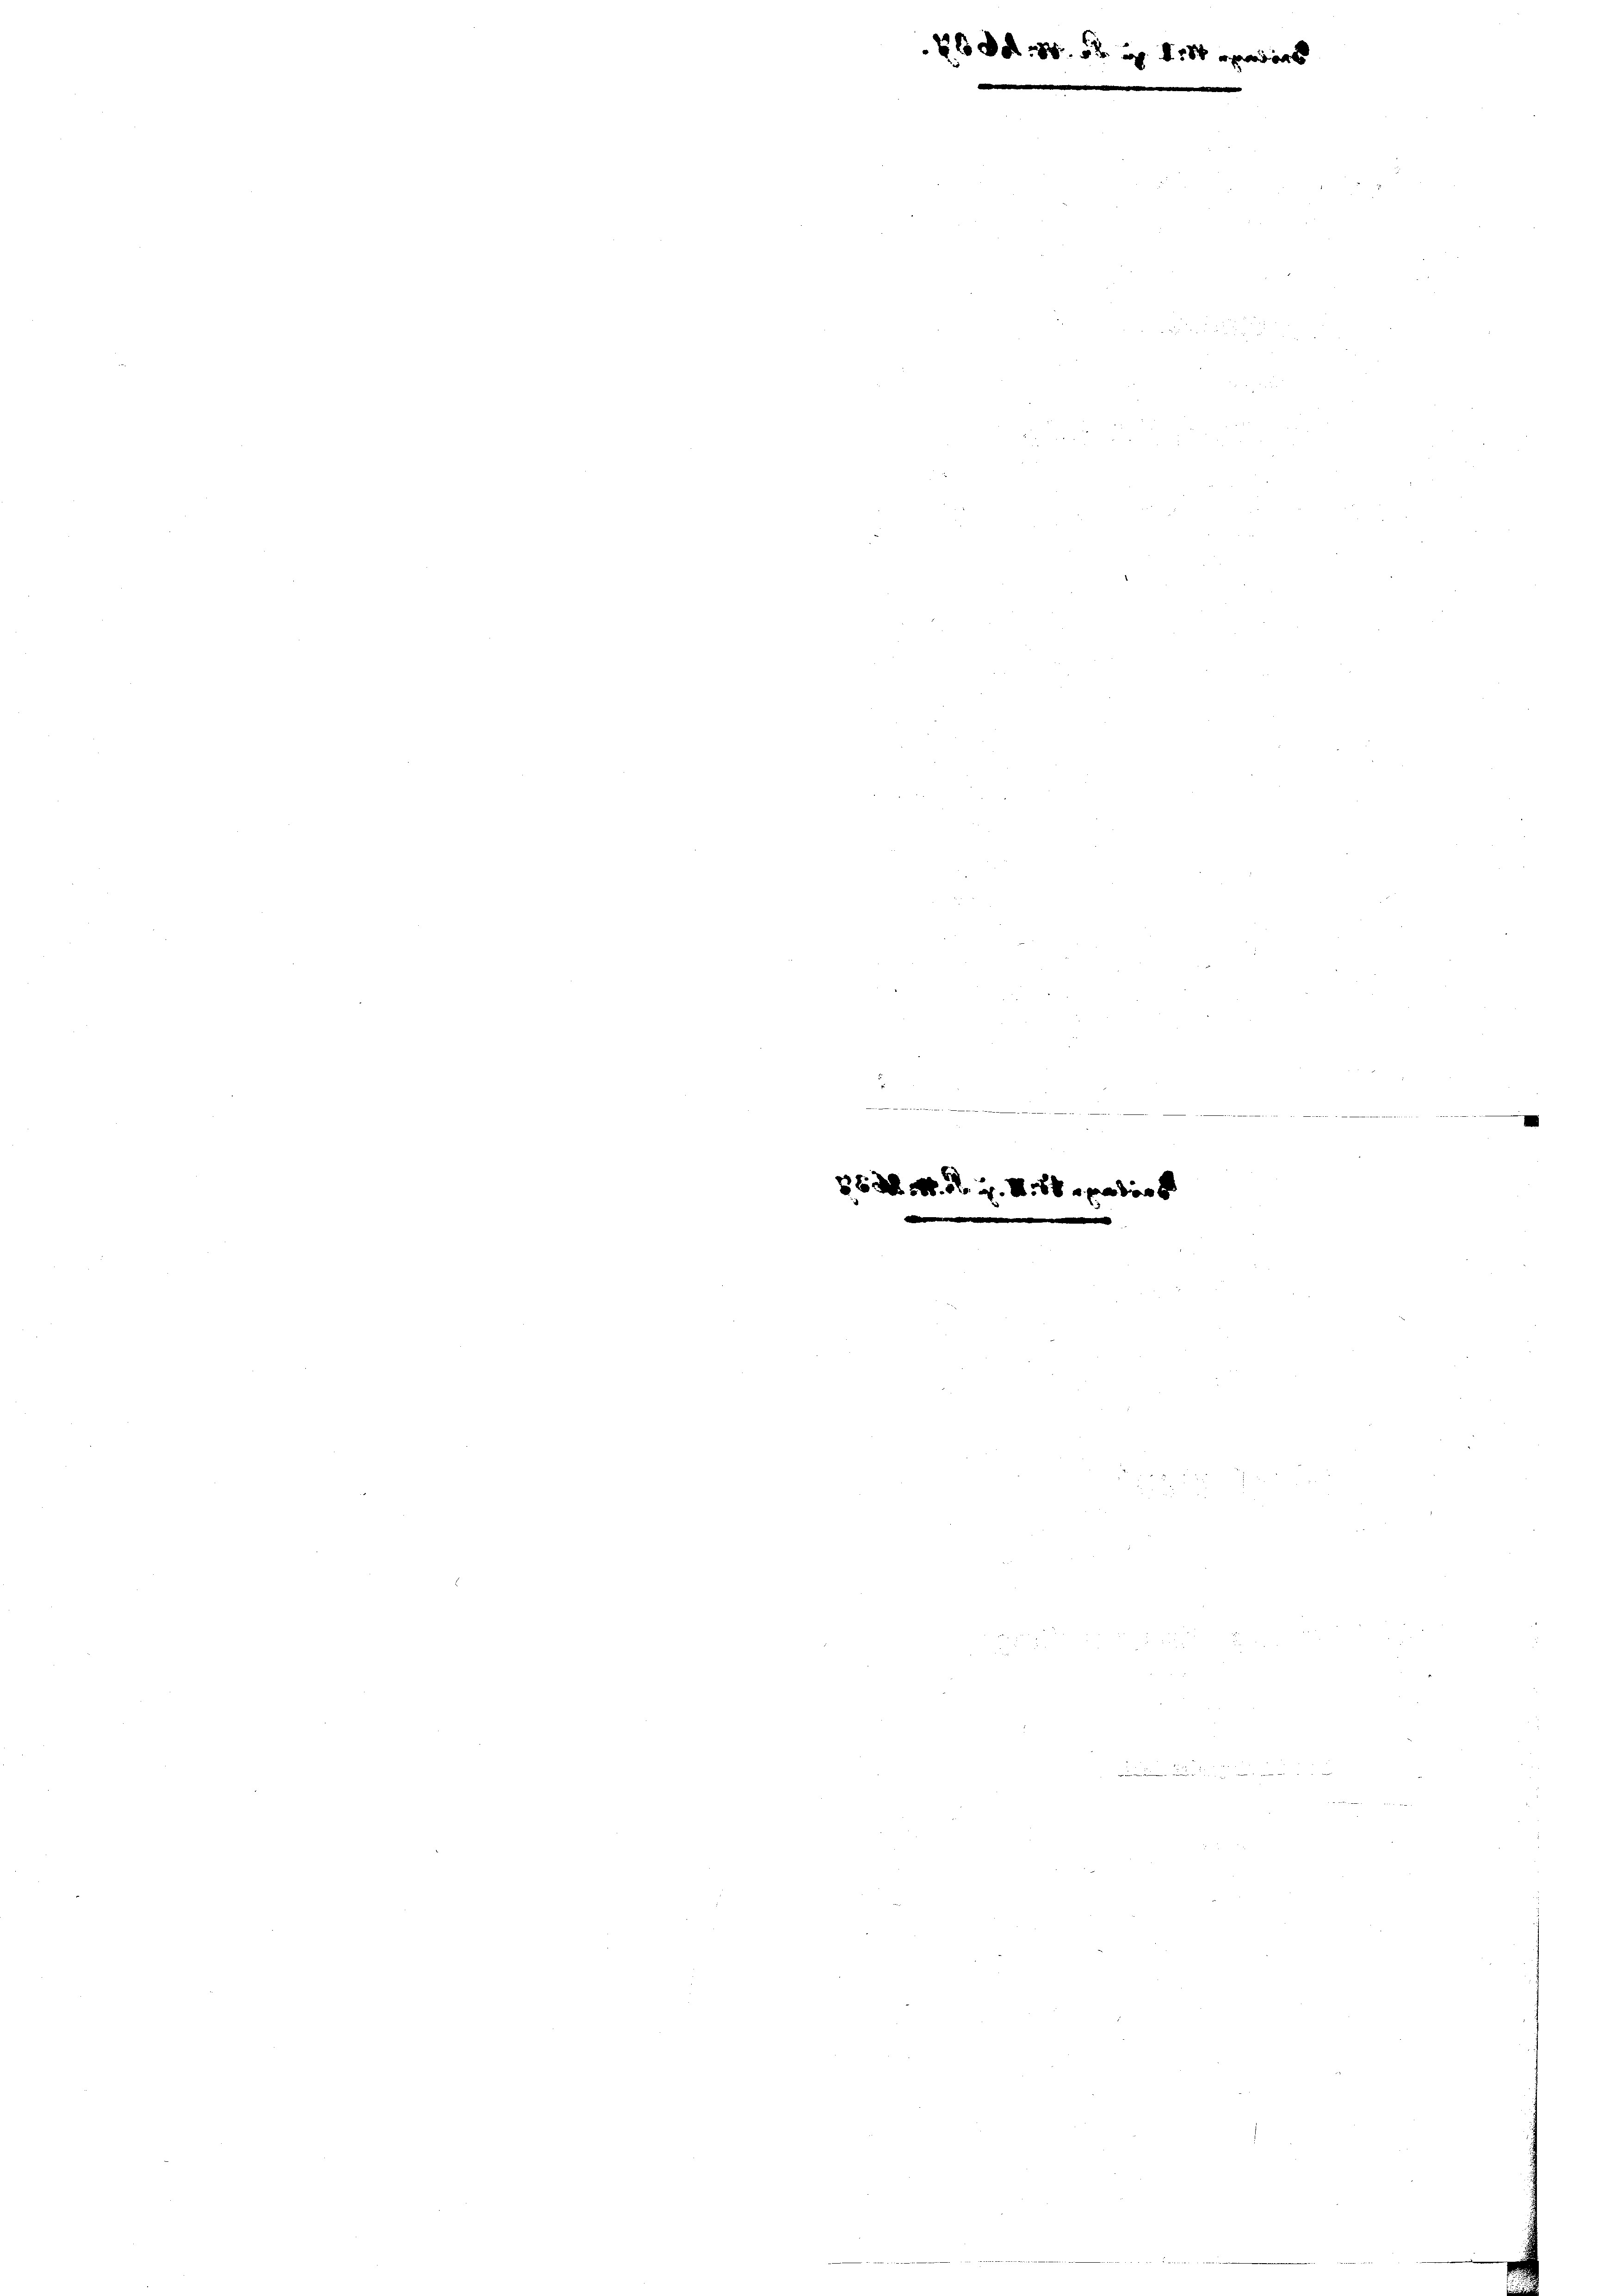
8

6 Abs. 5.
.

e

260d 8.

244